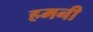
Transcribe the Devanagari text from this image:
हमनी